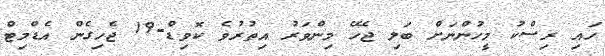
ހައި ރިސްކު މީހުންނަށް ބަލި ޖެހޭ މިންވަރު އިތުރުވެ ކޮވިޑް-19 ޖެހިގެން އެޑްމިޓް